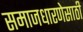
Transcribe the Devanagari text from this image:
समाजधारणेसाठी